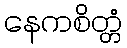
နေကစိတ္တံ